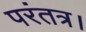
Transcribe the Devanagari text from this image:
परंतत्र।